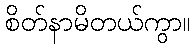
စိတ်နာမိတယ်ကွာ။